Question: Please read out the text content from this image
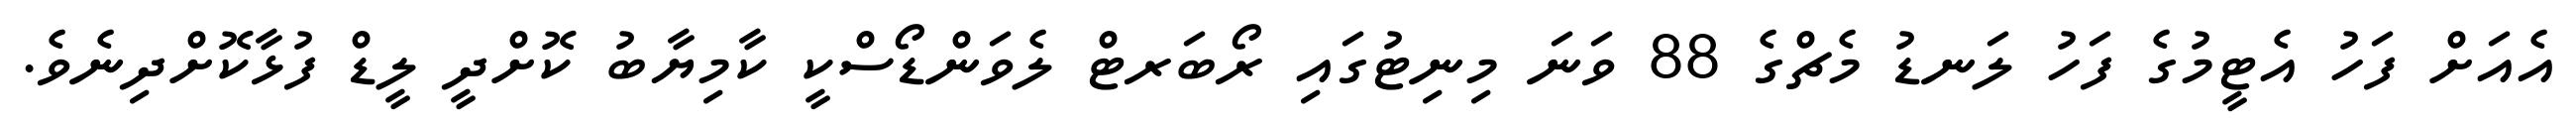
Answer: އެއަށް ފަހު އެޓީމުގެ ފަހު ލަނޑު މެޗްގެ 88 ވަނަ މިނިޓުގައި ރޯބަރޓް ލެވަންޑޯސްކީ ކާމިޔާބު ކޮށްދީ ލީޑް ފުޅާކޮށްދިނެވެ.